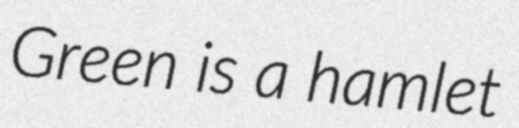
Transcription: Green is a hamlet